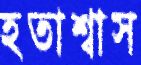
হতাশ্বাস